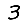
Digit: 3